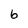
Character: 6